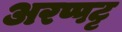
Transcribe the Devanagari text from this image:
अरप्पट्ट